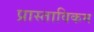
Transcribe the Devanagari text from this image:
प्रास्ताविकम